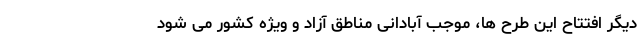
دیگر افتتاح این طرح ها، موجب آبادانی مناطق آزاد و ویژه کشور می شود